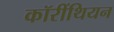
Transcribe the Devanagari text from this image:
कॉरींथियन